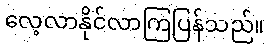
လေ့လာနိုင်လာကြပြန်သည်။